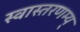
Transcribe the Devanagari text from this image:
स्वास्तरणम्य्